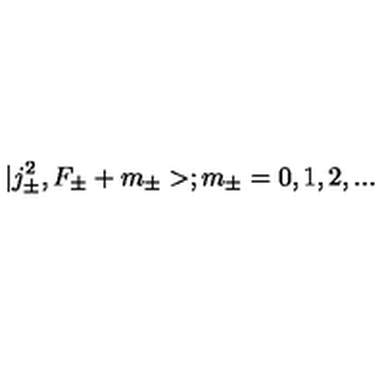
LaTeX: | j _ { \pm } ^ { 2 } , F _ { \pm } + m _ { \pm } > ; m _ { \pm } = 0 , 1 , 2 , . . .